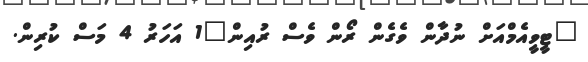
"ޓީވީއެމްއަށް ނުދާން ވެގެން ރޯން ވެސް ރުއިން"1 އަހަރު 4 މަސް ކުރިން.